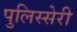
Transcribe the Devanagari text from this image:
पुलिस्सेरी